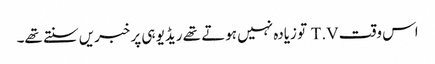
اس وقت T.V تو زیادہ نہیں ہوتے تھے ریڈیو ہی پر خبریں سنتے تھے۔